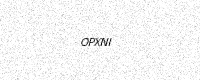
Text: OPXNI